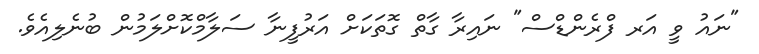
"ނައު ވީ އަރ ފްރެންޑްސް" ނައިރާ ގާތް ގޮތަކަށް އަރުފީނާ ސަލާމްކޮށްލަމުން ބުނެލިއެވެ.